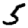
Digit: 5